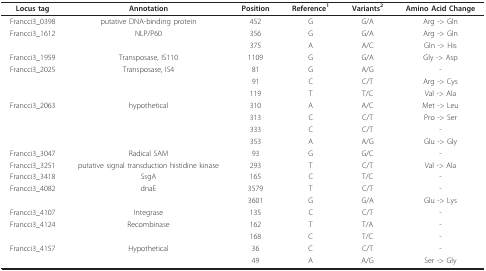
<table><thead><tr><td><b>Locus tag</b></td><td><b>Annotation</b></td><td><b>Position</b></td><td><b>Reference<sup>1</sup></b></td><td><b>Variants<sup>2</sup></b></td><td><b>Amino Acid Change</b></td></tr></thead><tbody><tr><td>Francci3_0398</td><td>putative DNA-binding protein</td><td>452</td><td>G</td><td>G/A</td><td>Arg -&gt; Gln</td></tr><tr><td>Francci3_1612</td><td>NLP/P60</td><td>356</td><td>G</td><td>G/A</td><td>Arg -&gt; Gln</td></tr><tr><td></td><td></td><td>375</td><td>A</td><td>A/C</td><td>Gln -&gt; His</td></tr><tr><td>Francci3_1959</td><td>Transposase, IS110</td><td>1109</td><td>G</td><td>G/A</td><td>Gly -&gt; Asp</td></tr><tr><td>Francci3_2025</td><td>Transposase, IS4</td><td>81</td><td>G</td><td>A/G</td><td>-</td></tr><tr><td></td><td></td><td>91</td><td>C</td><td>C/T</td><td>Arg -&gt; Cys</td></tr><tr><td></td><td></td><td>119</td><td>T</td><td>T/C</td><td>Val -&gt; Ala</td></tr><tr><td>Francci3_2063</td><td>hypothetical</td><td>310</td><td>A</td><td>A/C</td><td>Met -&gt; Leu</td></tr><tr><td></td><td></td><td>313</td><td>C</td><td>C/T</td><td>Pro -&gt; Ser</td></tr><tr><td></td><td></td><td>333</td><td>C</td><td>C/T</td><td>-</td></tr><tr><td></td><td></td><td>353</td><td>A</td><td>A/G</td><td>Glu -&gt; Gly</td></tr><tr><td>Francci3_3047</td><td>Radical SAM</td><td>93</td><td>G</td><td>G/C</td><td>-</td></tr><tr><td>Francci3_3251</td><td>putative signal transduction histidine kinase</td><td>293</td><td>T</td><td>C/T</td><td>Val -&gt; Ala</td></tr><tr><td>Francci3_3418</td><td>SsgA</td><td>165</td><td>C</td><td>T/C</td><td>-</td></tr><tr><td>Francci3_4082</td><td>dnaE</td><td>3579</td><td>T</td><td>C/T</td><td>-</td></tr><tr><td></td><td></td><td>3601</td><td>G</td><td>G/A</td><td>Glu -&gt; Lys</td></tr><tr><td>Francci3_4107</td><td>Integrase</td><td>135</td><td>C</td><td>C/T</td><td>-</td></tr><tr><td>Francci3_4124</td><td>Recombinase</td><td>162</td><td>T</td><td>T/A</td><td>-</td></tr><tr><td></td><td></td><td>168</td><td>C</td><td>T/C</td><td>-</td></tr><tr><td>Francci3_4157</td><td>Hypothetical</td><td>36</td><td>C</td><td>C/T</td><td>-</td></tr><tr><td></td><td></td><td>49</td><td>A</td><td>A/G</td><td>Ser -&gt; Gly</td></tr></tbody></table>